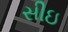
સીઇ